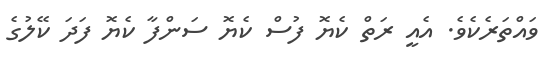
ވައްތަރެެކެވެ. އެއީ ރަތް ކެޔޮ ފުސް ކެޔޮ ސަންފާ ކެޔޮ ފަދަ ކޭލުގެ